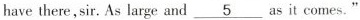
have there,sir. As large and\underline{5} as it comes."